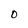
Character: 0